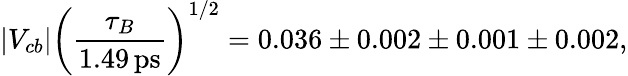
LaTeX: |V_{cb}|\left(\frac{\tau_{B}}{1.49\, \mathrm{ps}}\right)^{1/2}=0.036\pm 0.002\pm 0.001\pm 0.002,